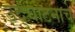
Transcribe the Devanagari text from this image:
उद्‌घाटनाचे